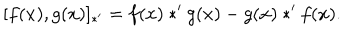
LaTeX: [ f ( x ) , g ( x ) ] _ { \ast ^ { \prime } } = f ( x ) * ^ { \prime } g ( x ) - g ( x ) * ^ { \prime } f ( x ) .